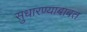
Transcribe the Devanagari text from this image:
सुधारण्याबाबत